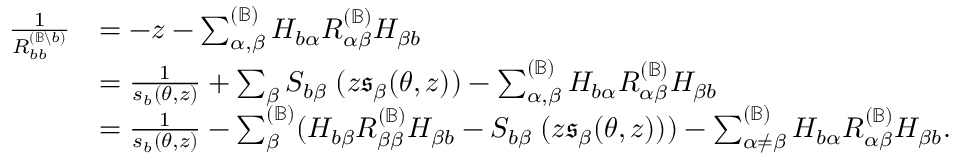
\begin{array} { r l } { \frac 1 { R _ { b b } ^ { ( { \mathbb B } \backslash b ) } } } & { = - z - \sum _ { \alpha , \beta } ^ { ( { \mathbb B } ) } H _ { b \alpha } R _ { \alpha \beta } ^ { ( { \mathbb B } ) } H _ { \beta b } } \\ & { = \frac { 1 } { s _ { b } ( \theta , z ) } + \sum _ { \beta } S _ { b \beta } \; ( z \mathfrak { s } _ { \beta } ( \theta , z ) ) - \sum _ { \alpha , \beta } ^ { ( { \mathbb B } ) } H _ { b \alpha } R _ { \alpha \beta } ^ { ( { \mathbb B } ) } H _ { \beta b } } \\ & { = \frac { 1 } { s _ { b } ( \theta , z ) } - \sum _ { \beta } ^ { ( { \mathbb B } ) } ( H _ { b \beta } R _ { \beta \beta } ^ { ( { \mathbb B } ) } H _ { \beta b } - S _ { b \beta } \; ( z \mathfrak { s } _ { \beta } ( \theta , z ) ) ) - \sum _ { \alpha \neq \beta } ^ { ( { \mathbb B } ) } H _ { b \alpha } R _ { \alpha \beta } ^ { ( { \mathbb B } ) } H _ { \beta b } . } \end{array}